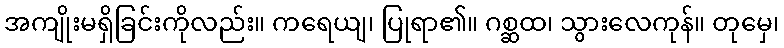
အကျိုးမရှိခြင်းကိုလည်း။ ကရေယျ၊ ပြုရာ၏။ ဂစ္ဆထ၊ သွားလေကုန်။ တုမှေ၊